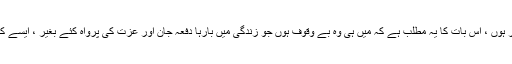
اس بات کا یہ مطلب نہیں کہ صرف میں ہی کوئی بہادر ہوں ، اس بات کا یہ مطلب ہے کہ میں ہی وہ بے وقوف ہوں جو زندگی میں بارہا دفعہ جان اور عزت کی پرواہ کئے بغیر ، ایسے کئی شجر َ ممنوعہ کو چکھنے کے پنگے لے چکی ہوں۔